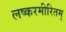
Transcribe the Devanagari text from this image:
लष्करमीरितम्